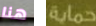
هنا حماية